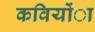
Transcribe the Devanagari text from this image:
कवियोंा